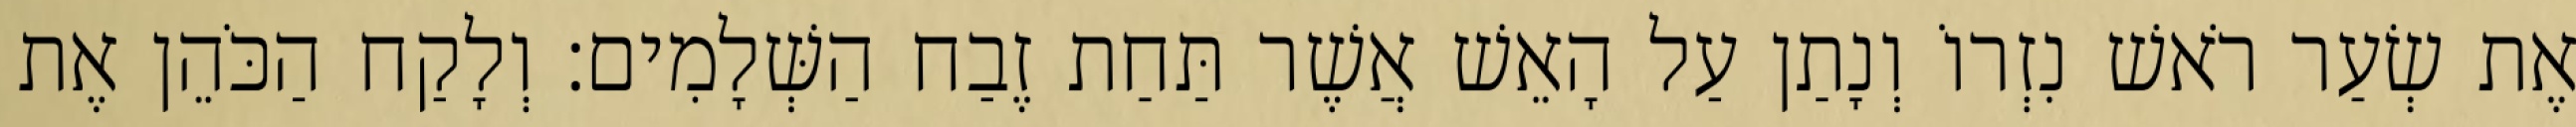
אֶת שְׂעַר רֹאשׁ נִזְרוֹ וְנָתַן עַל הָאֵשׁ אֲשֶׁר תַּחַת זֶבַח הַשְּׁלָמִים׃ וְלָקַח הַכֹּהֵן אֶת